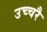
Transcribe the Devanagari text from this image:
उच्‍चरै